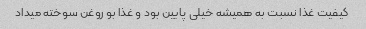
کیفیت غذا نسبت به همیشه خیلی پایین بود و غذا بو روغن سوخته میداد